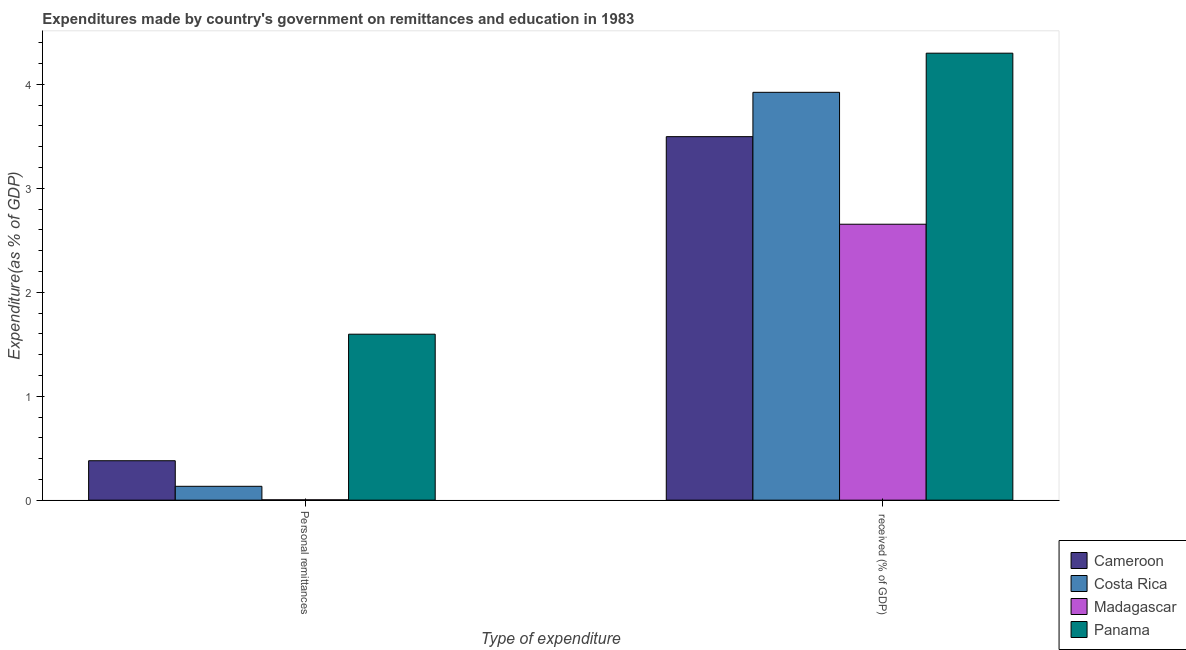
| Type of expenditure | Cameroon | Costa Rica | Madagascar | Panama |
 | --- | --- | --- | --- | --- |
 | Personal remittances | 0.379 | 0.133 | 0.00331 | 1.6 |
 |  received (% of GDP) | 3.5 | 3.92 | 2.65 | 4.3 |